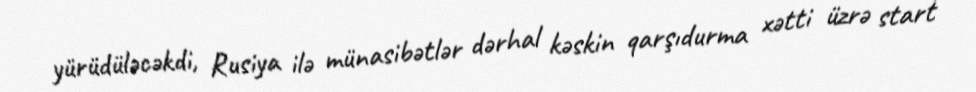
yürüdüləcəkdi, Rusiya ilə münasibətlər dərhal kəskin qarşıdurma xətti üzrə start